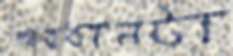
ব্যবধানটা